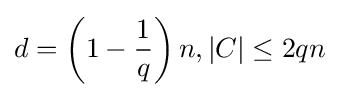
d=\left(1-{1 \over q}\right)n,|C|\leq 2qn